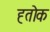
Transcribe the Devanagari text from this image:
ह्तोक